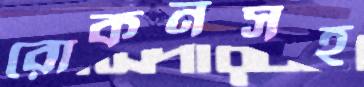
রোকনসহ